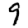
Digit: 9